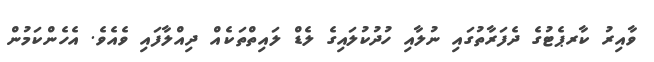
ވާއިރު ކާރޕެޓުގެ ދެފަރާތުގައި ނުލާއި ހުދުކުލައިގެ ލެޑް ލައިތްތަކެއް ދިއްލާފައި ވެއެވެ. އެހެންކަމުން